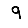
Digit: 9